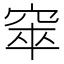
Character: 𥦑